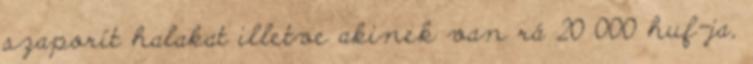
szaporít halakat illetve akinek van rá 20 000 huf-ja,